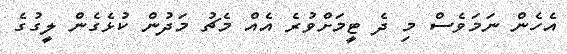
އެހެން ނަމަވެސް މި ދެ ޓީމަށްވުރެ އެއް މެޗު މަދުން ކުޅެގެން ލީގުގެ